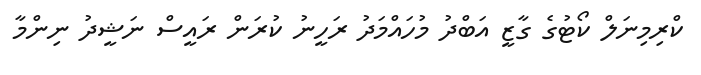
ކްރިމިނަލް ކޯޓުގެ ގާޒީ އަބްދު މުހައްމަދު ރަހީނު ކުރަން ރައީސް ނަޝީދު ނިންމާ